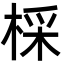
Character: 棌